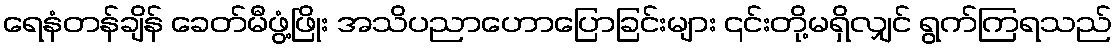
ရေနံတန်ချိန် ခေတ်မီဖွံ့ဖြိုး အသိပညာဟောပြောခြင်းများ ၎င်းတို့မရှိလျှင် ရွက်ကြရသည်